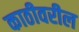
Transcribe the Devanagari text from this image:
काठीवरील